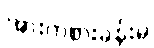
အားကစားခန်းမ